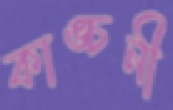
কাঙ্চনী